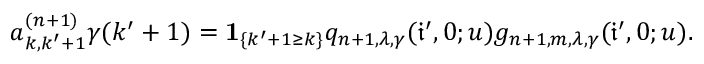
a _ { k , k ^ { \prime } + 1 } ^ { ( n + 1 ) } \gamma ( k ^ { \prime } + 1 ) = \mathbf { 1 } _ { \{ k ^ { \prime } + 1 \geq k \} } q _ { n + 1 , \lambda , \gamma } ( \mathfrak { i } ^ { \prime } , 0 ; u ) g _ { n + 1 , m , \lambda , \gamma } ( \mathfrak { i } ^ { \prime } , 0 ; u ) .